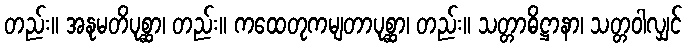
တည်း။ အနုမတိပုစ္ဆာ၊ တည်း။ ကထေတုကမျတာပုစ္ဆာ၊ တည်း။ သတ္တာဓိဋ္ဌာနာ၊ သတ္တဝါလျှင်